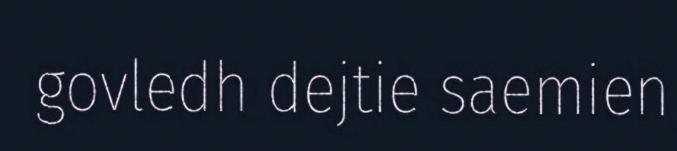
govledh dejtie saemien